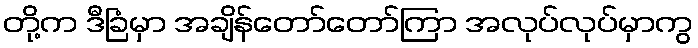
တို့က ဒီခြံမှာ အချိန်တော်တော်ကြာ အလုပ်လုပ်မှာကွ